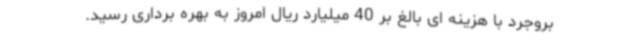
بروجرد با هزینه ای بالغ بر 40 میلیارد ریال امروز به بهره برداری رسید.